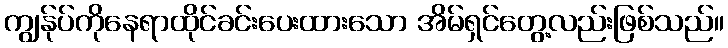
ကျွန်ုပ်ကိုနေရာထိုင်ခင်းပေးထားသော အိမ်ရှင်တွေ့လည်းဖြစ်သည်။